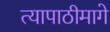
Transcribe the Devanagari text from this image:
त्यापाठीमागे